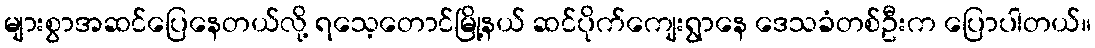
များစွာအဆင်ပြေနေတယ်လို့ ရသေ့တောင်မြို့နယ် ဆင်ပိုက်ကျေးရွာနေ ဒေသခံတစ်ဦးက ပြောပါတယ်။